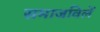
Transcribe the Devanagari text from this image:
समाजविलें